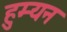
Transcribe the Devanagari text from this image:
हुम्यन